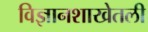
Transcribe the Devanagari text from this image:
विज्ञानशाखेतली